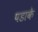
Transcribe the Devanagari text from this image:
पडाके